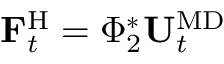
\mathbf { F } _ { t } ^ { \mathrm { H } } = \Phi _ { 2 } ^ { * } \mathbf { U } _ { t } ^ { \mathrm { M D } }